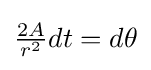
{\tfrac {2A}{r^{2}}}dt=d\theta